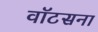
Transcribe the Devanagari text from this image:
वॉटसना